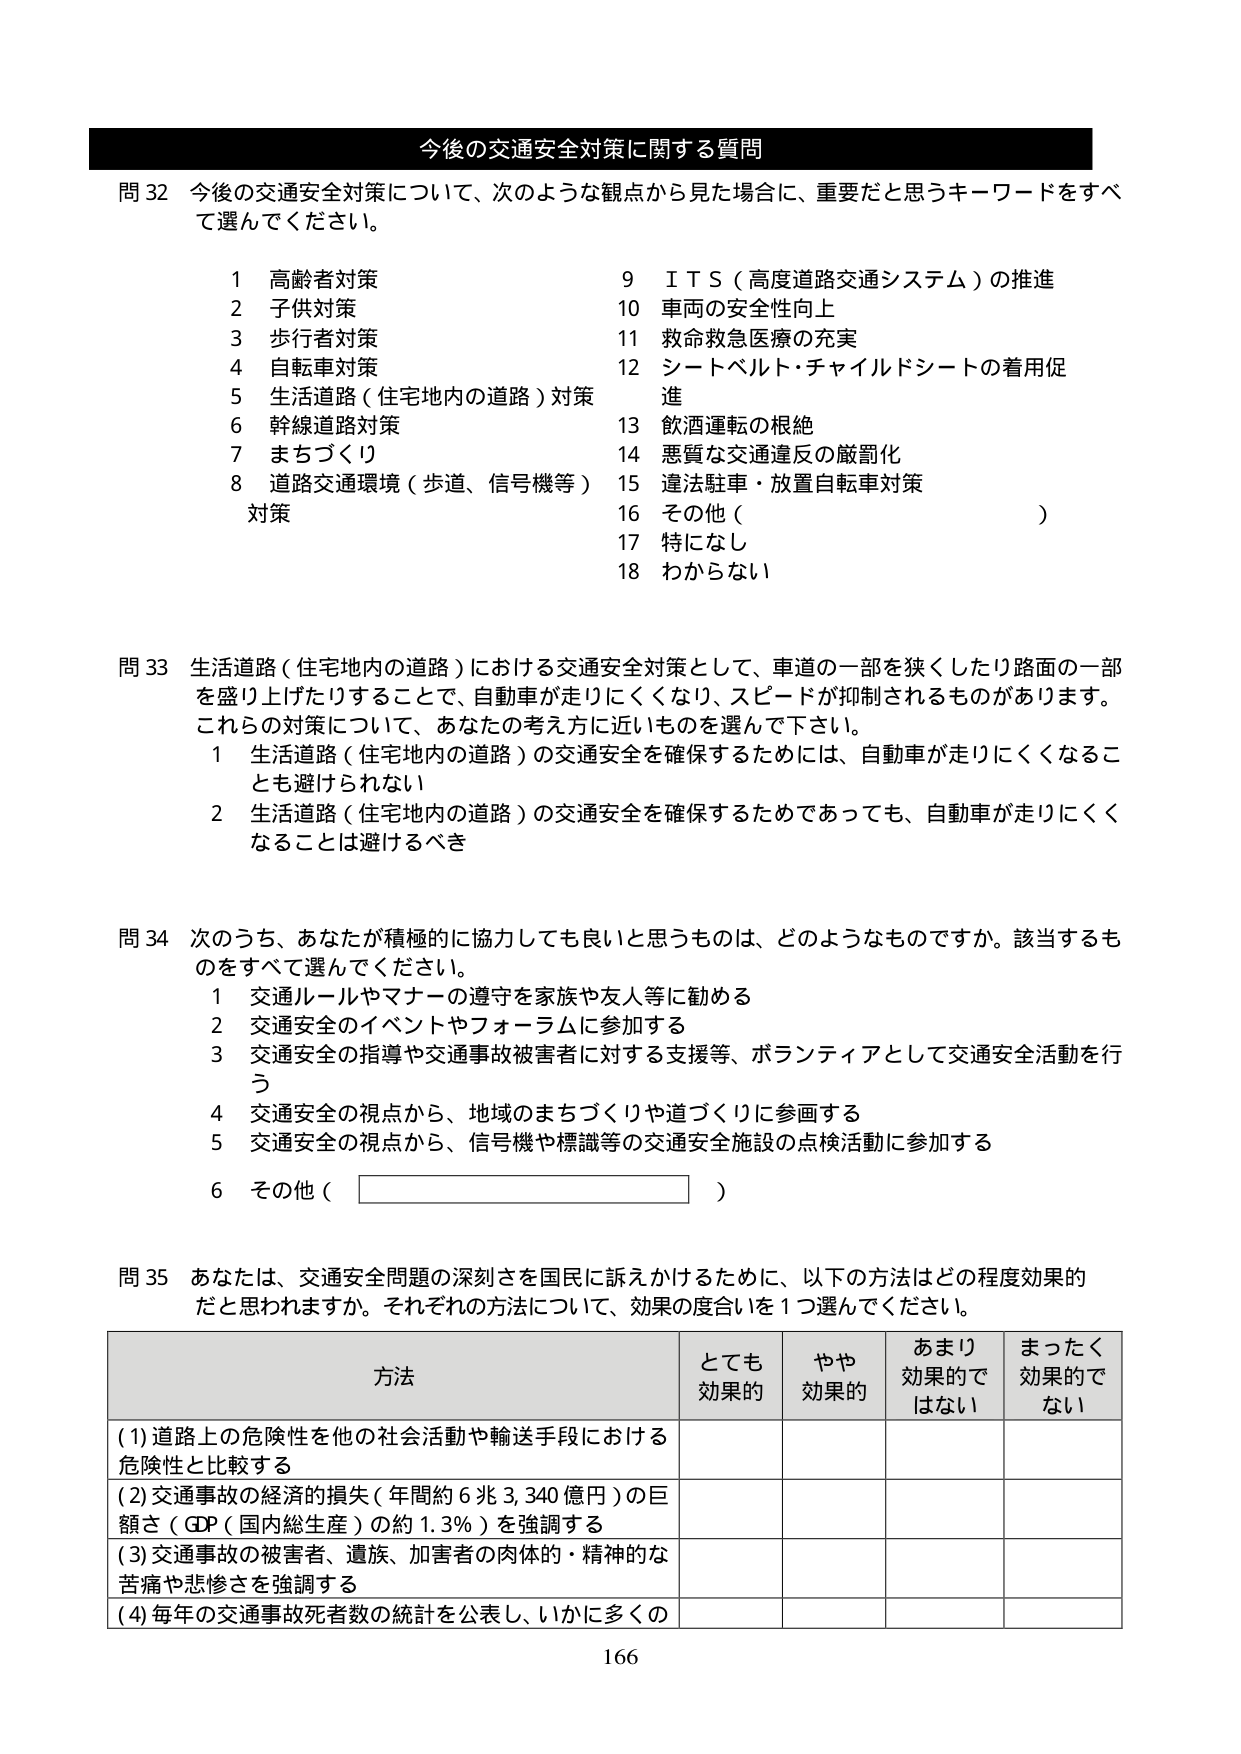
今後の交通安全対策に関する質問

問32 今後の交通安全対策について、次のような観点から見た場合に、重要だと思うキーワードをすべて選んでください。

1 高齢者対策
2 子供対策
3 歩行者対策
4 自転車対策
5 生活道路（住宅地内の道路）対策
6 幹線道路対策
7 まちづくり
8 道路交通環境（歩道、信号機等）対策
9 ＩＴＳ（高度道路交通システム）の推進
10 車両の安全性向上
11 救命救急医療の充実
12 シートベルト・チャイルドシートの着用促進
13 飲酒運転の根絶
14 悪質な交通違反の厳罰化
15 違法駐車・放置自転車対策
16 その他（　　　　　　　　　　　　　　）
17 特になし
18 わからない

問33 生活道路（住宅地内の道路）における交通安全対策として、車道の一部を狭くしたり路面の一部を盛り上げたりすることで、自動車が走りにくくなり、スピードが抑制されるものがあります。これらの対策について、あなたの考え方に近いものを選んで下さい。

1 生活道路（住宅地内の道路）の交通安全を確保するためには、自動車が走りにくくなることも避けられない
2 生活道路（住宅地内の道路）の交通安全を確保するためであっても、自動車が走りにくくなることは避けるべき

問34 次のうち、あなたが積極的に協力しても良いと思うものは、どのようなものですか。該当するものをすべて選んでください。

1 交通ルールやマナーの遵守を家族や友人等に勧める
2 交通安全のイベントやフォーラムに参加する
3 交通安全の指導や交通事故被害者に対する支援等、ボランティアとして交通安全活動を行う
4 交通安全の視点から、地域のまちづくりや道づくりに参画する
5 交通安全の視点から、信号機や標識等の交通安全施設の点検活動に参加する
6 その他（　　　　　　　　　　　　　　）

問35 あなたは、交通安全問題の深刻さを国民に訴えかけるために、以下の方法はどの程度効果的だと思われますか。それぞれの方法について、効果の度合いを1つ選んでください。

方法